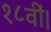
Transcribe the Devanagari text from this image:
१८वीं।